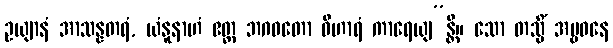
ဥယျာနံ အာသန္နတရံ, ယံနူနာဟံ ဧတ္ထ ဘဂဝတော ဝိဟာရံ ကာရေယျ”န္တိ။ သော တသ္မိံ အမ္ဗဝနေ